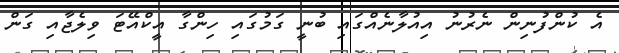
އެ ކުންފުނިިން ނެރުނު އިއުލާނެއްގައި ބުނީ ގަމުގައި ހިންގާ އީކްއޭޓަ ވިލެޖާއި ގަން